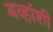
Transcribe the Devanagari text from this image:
बव्हांशी